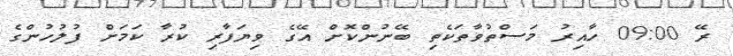
ރޭ 09:00 ހާއިރު މަސްތުވާތަކެތި ބޭނުންކޮށް އޭގެ ވިޔަފާރި ކުރާ ކަމަށް ފުލުހުންގެ